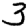
Digit: 3